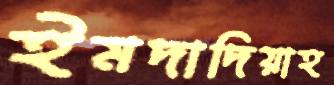
ইমদাদিয়াহ